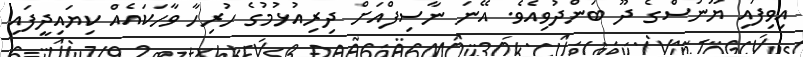
އިވިފައި ޔޫނުސްގެ ދޫ ބަންދުވިއެވެ. އޭނަ ނާސިފްއަށް ދިރިއުޅުމުގެ ހުރިހާ ވާހަކައެއް ކިޔައިދީފައި